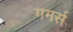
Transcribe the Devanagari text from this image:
गमर्स